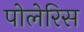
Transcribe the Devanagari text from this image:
पोलेरिस